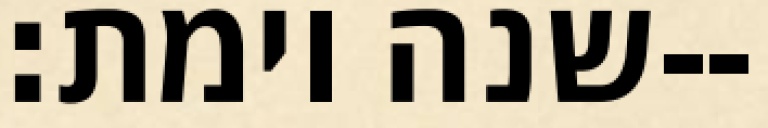
שנה וימת׃--